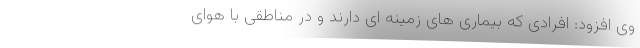
وی افزود: افرادی که بیماری های زمینه ای دارند و در مناطقی با هوای